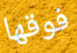
فوقها